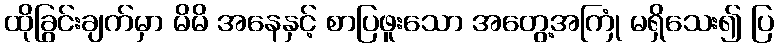
ထိုခြွင်းချက်မှာ မိမိ အနေနှင့် စာပြဖူးသော အတွေ့အကြုံ မရှိသေး၍ ပြ